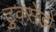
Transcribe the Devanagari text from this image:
टुक्सेडो